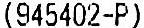
(945402-P)